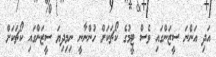
އަދި އަންނަ ސީޒަންގައި ވެސް ޓީމުގެ ކޯޗަކަށް ހުންނާނީ ނިމިދިޔަ ސީޒަންގައި ކޯޗަކަށް